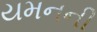
યમનની